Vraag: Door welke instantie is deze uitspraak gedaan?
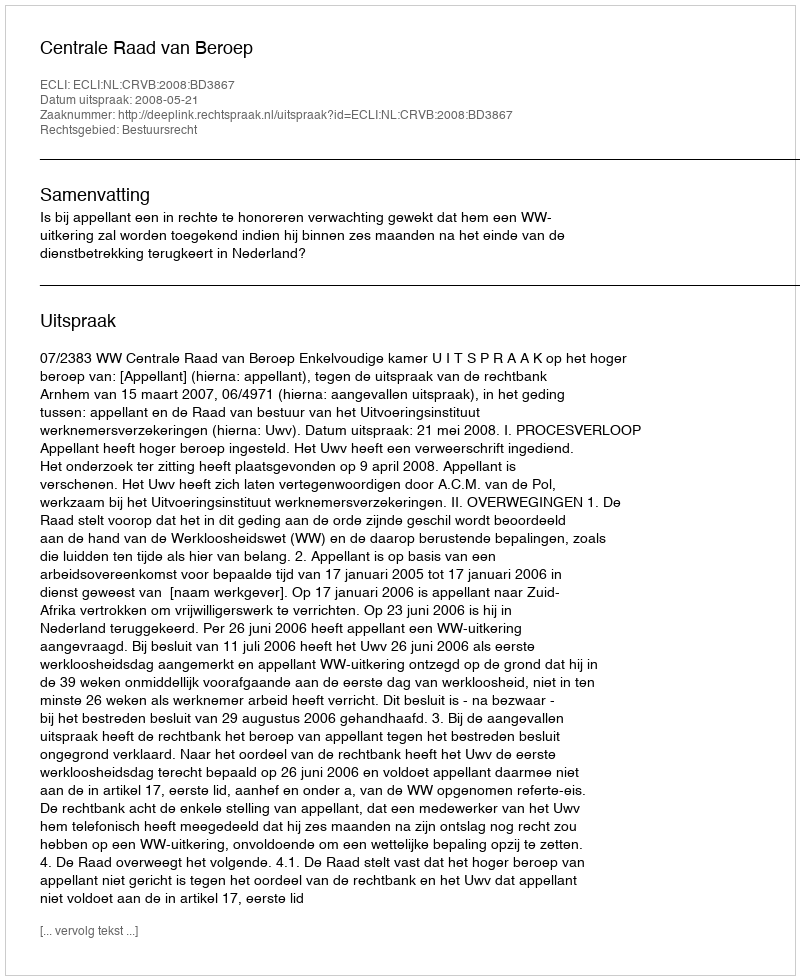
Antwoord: Centrale Raad van Beroep